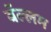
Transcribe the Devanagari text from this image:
बॅल्लम